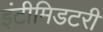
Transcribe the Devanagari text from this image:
इंटीमिडटरी